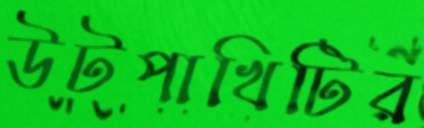
উটপাখিটির